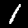
Label: 1